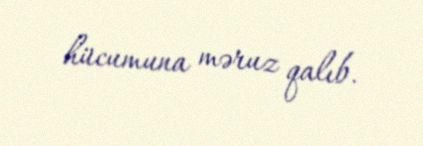
hücumuna məruz qalıb.